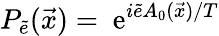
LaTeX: P_{\tilde{e}}(\vec{x})=\mathrm{~e}^{i\tilde{e}A_{0}(\vec{x})/T}